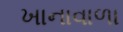
ખાનાવાળા